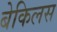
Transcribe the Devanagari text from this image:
बेकिलस